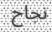
نجاح